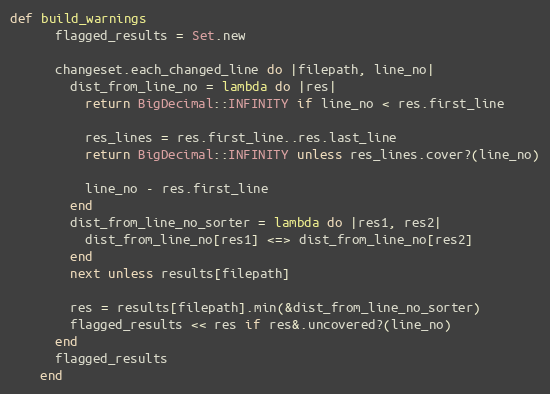
Language: Ruby
def build_warnings
      flagged_results = Set.new

      changeset.each_changed_line do |filepath, line_no|
        dist_from_line_no = lambda do |res|
          return BigDecimal::INFINITY if line_no < res.first_line

          res_lines = res.first_line..res.last_line
          return BigDecimal::INFINITY unless res_lines.cover?(line_no)

          line_no - res.first_line
        end
        dist_from_line_no_sorter = lambda do |res1, res2|
          dist_from_line_no[res1] <=> dist_from_line_no[res2]
        end
        next unless results[filepath]

        res = results[filepath].min(&dist_from_line_no_sorter)
        flagged_results << res if res&.uncovered?(line_no)
      end
      flagged_results
    end